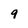
Character: 9